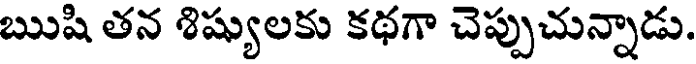
ఋషి తన శిష్యులకు కథగా చెప్పుచున్నాడు.